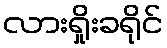
လားရှိုးခရိုင်